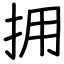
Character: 拥